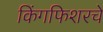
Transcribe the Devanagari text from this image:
किंगफिशरचे